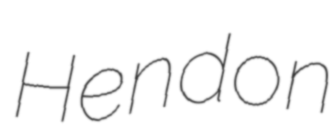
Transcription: Hendon